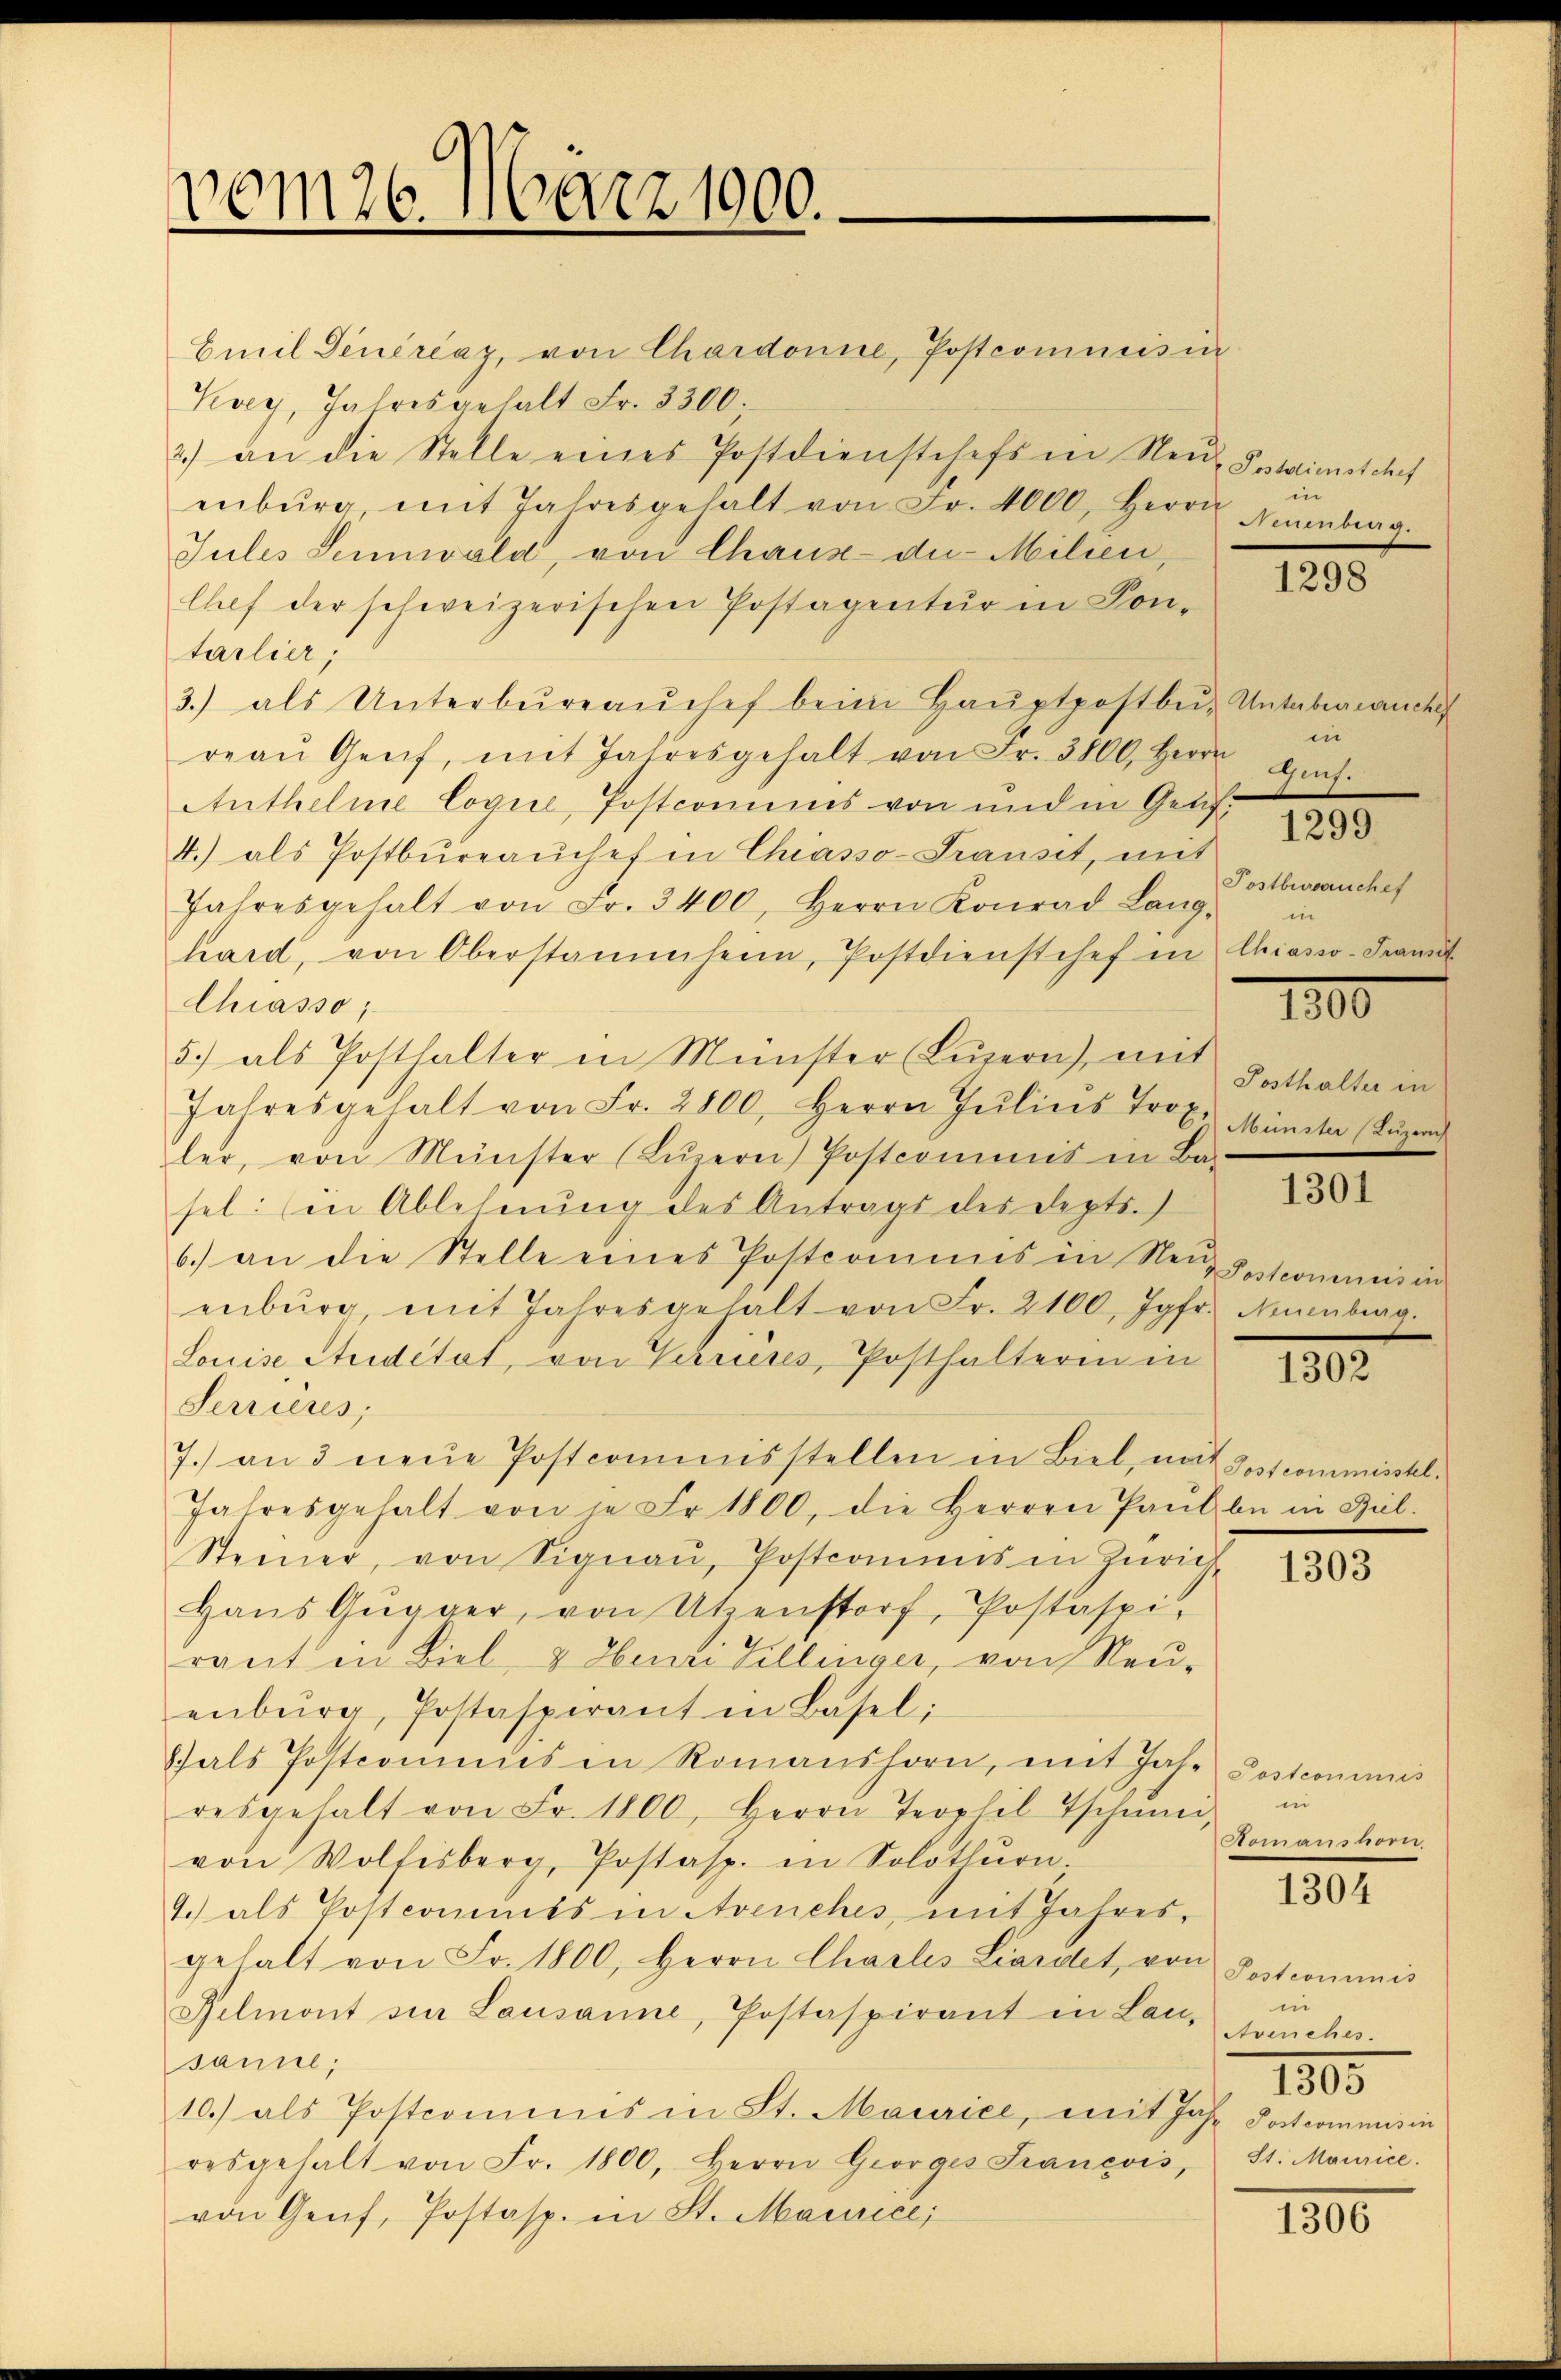
vom 26. März 1900.

Emil Denérčaz, von Chardonne, Postcomicis in
Koy, Jahresgehalt Fr. 3300;
2) an die Stelle eines Postdienstehefs in Neŭ- Postaimetchef
enbŭrg, mit Jahresgehalt von Fr. 4000, Herrn Amenberg.
Jules Sennwald, von Chaux-de-Milien,
Chef der schweizerischen Postagentur in Pontarlier;
3.) als Unterbüreaŭchef beim Haŭptpostbŭ- Unterbrauche
reaŭ Genf, mit Jahresgehalt von Fr. 3800. Herrn Ges
Authelme logie, Postcomums von und in Genf,
4.) als Postbüreaŭchef in Chiasso-Transit, mit
Jahresgehalt von Fr. 3400, Herrn Konrad Land Ibranchef
hard, von Oberstammheim, Postdienstehe in Chiaswo-Fran
Chiasso,
5) als Posthalter in Münster (Luzern), mit
Jahresgehalt von Fr. 2800, Herrn Jŭlins Trop. Münster (Luzern
ler, von Münster (Lŭzern) Postcommis in Ba-
sel: in Ablehnŭng des Antrags des Depts.)
6.) an die Stelle eines Postcommis in Neŭstcommis in
enburg, mit Jahresgehalt von Fr. 2100, Jgfr. Neuenburg.
Louise Stuidétat, von Verrieses, Posthalterin in
Serrières,
7.) an 3 neue Postcommisstellen in Biel, nach Postcommisstel
Jahresgehalt von je Fr. 1800, die Herren Pankbe in Bul.
Steiner, von Signaŭ, Postcommis in Zürich-
Haŭs Gŭgger, von Utzenstorf, Postaspi
raut in Biel & Henri Zillinger, von Neu-
enbŭrg, Postasperant in Basel:
Sals Postcomines in Romanshorn, mit Jahr
resgehalt von Fr. 1800, Herrn Teophil Tschinei,
von Wolfesberg, Postasp. in Solothŭrn.
9.) als Postcommes in Avenches mit Jahres-
gehalt von Fr. 1800, Herrn Charlis Liardet, von
Belmont sie Lausanne, Postaspirant in Lan-
sanne;
10.) als Postcommis in St. Maurice, mit Jahr Postcommis in
resgehalt von Fr. 1800, Herrn Georges Francois, St. Maurice.
von Genf, Postasp. in St. Marice,

in

1298

in

1299

in

1800

Posthalter in

1301

1802.

1303

Postcommis
i
domanshor

1304

Postcommis
i
Avenches.
1805

1800